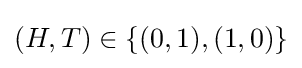
{\textstyle (H,T)\in \{(0,1),(1,0)\}}